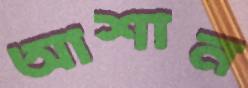
আশান